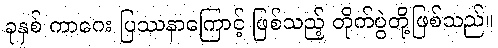
ခုနှစ် ကာဂေး ပြဿနာကြောင့် ဖြစ်သည့် တိုက်ပွဲတို့ဖြစ်သည်။